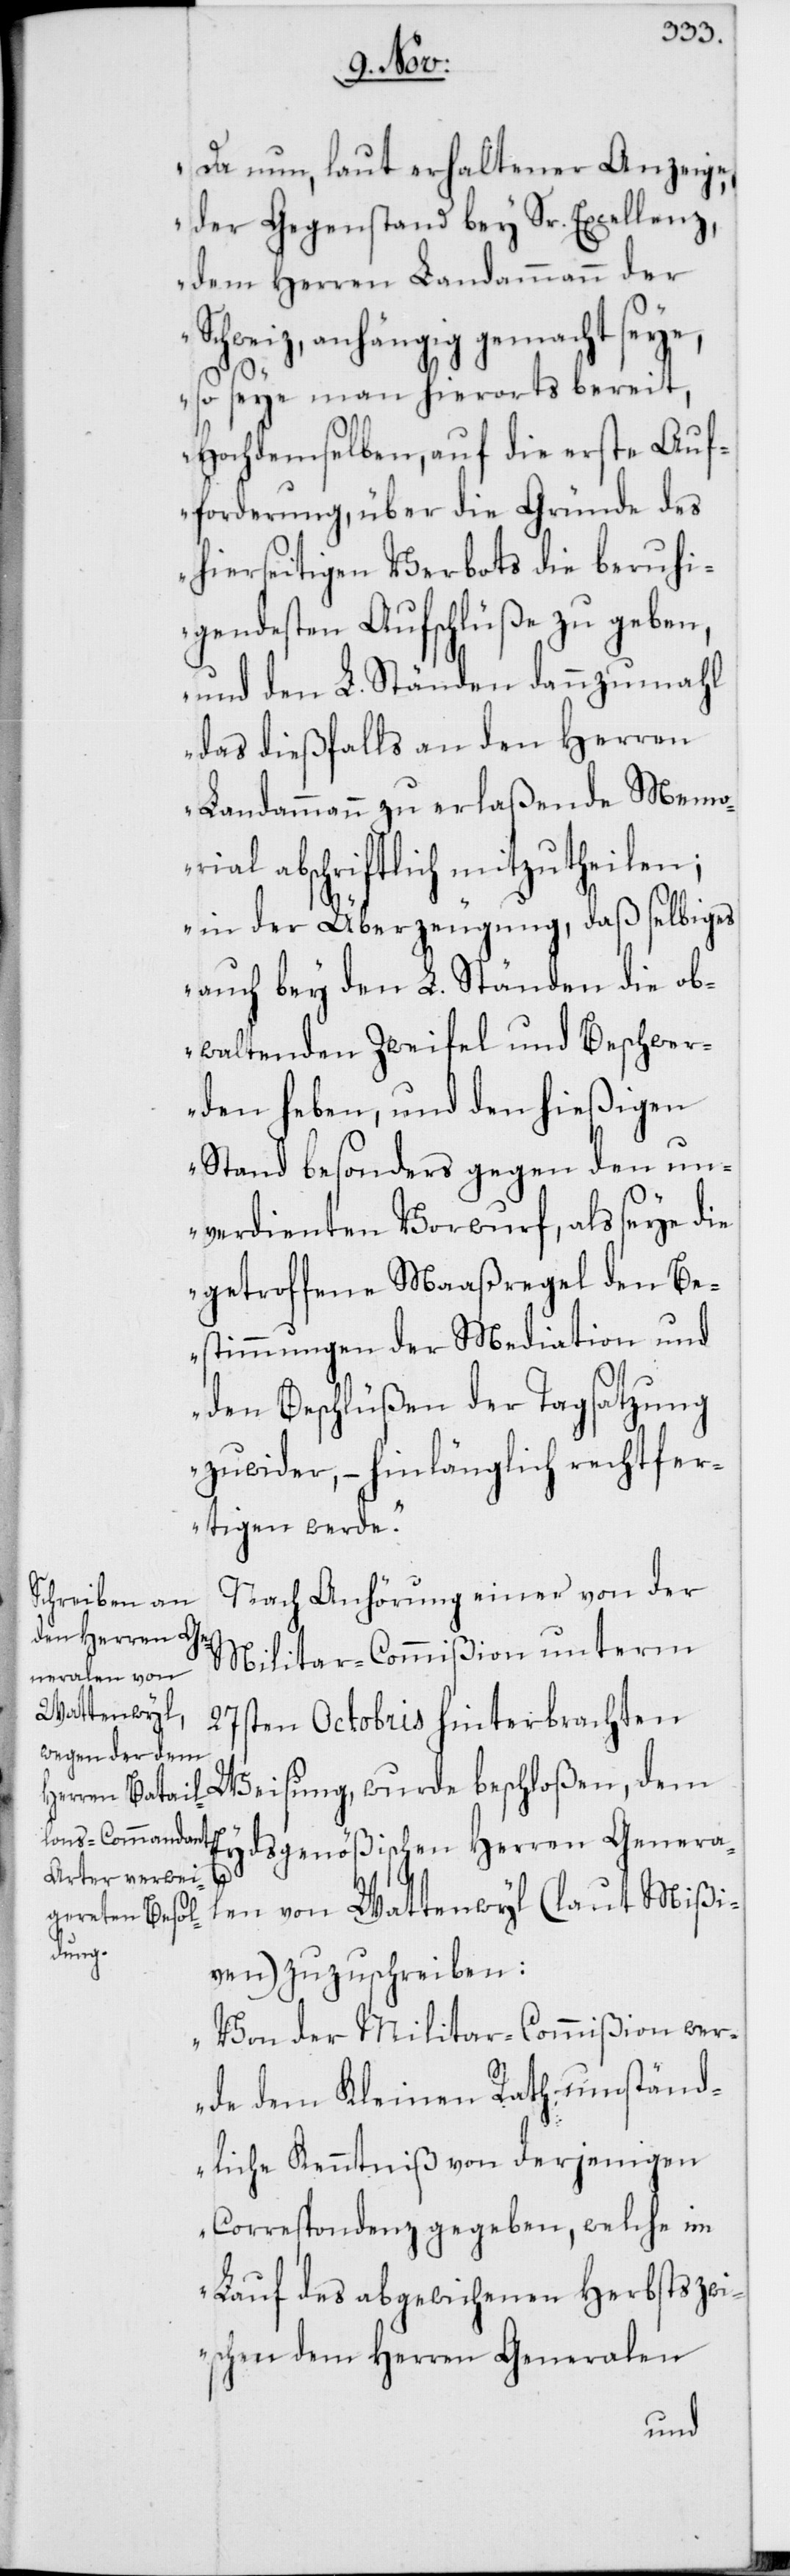
Da nun, laut erhaltener Anzeige,
der Gegenstand bey Sr. Excellenz,
dem Herren Landammann der
Schweiz anhängig gemacht seye,
so seye man hierorts bereit,
Hochdemselben auf die erste Auf¬
forderung, über die Gründe des
hierseitigen Verbots die beruhi¬
gendesten Aufschlüße zu geben,
und den L. Ständen dannzumahl
das dießfalls an den Herren
Landammann zu erlaßende Memo¬
rial abschriftlich mitzutheilen;
in der Überzeugung, daß selbiges
auch bey den L. Ständen die ob¬
waltenden Zweifel und Beschwer¬
den heben, und den hießigen
Stand besonders gegen den un¬
verdienten Vorwurf, als seye die
getroffene Maaßregel den Be¬
stimmungen der Mediation und
den Beschlüßen der Tagsatzung
zuwider, – hinlänglich rechtfer¬
tigen werde.“
Nach Anhörung einer von der
Militar-Commißion unterm
27sten Octobris hinterbrachten
Weisung, wurde beschloßen, dem
Eydsgenößischen Herren Genera¬
len von Wattenwyl (laut Mißi¬
ven) zuzuschreiben:
„Von der Militar-Commißion wer¬
de dem Kleinen Rath umständ¬
liche Kenntniß von derjenigen
Correspondenz gegeben, welche im
Lauf des abgewichenen Herbsts zw¬
ischen dem Herren Generalen